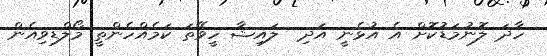
ހާދަ ލޮނުމަޑުކޮށް އެ އުޅެނީ އަދި  ލައިޝާ ހީވޭތަ ކަމެއްހެންތީ މޯލްޑިވިއެން